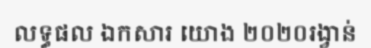
លទ្ធផល ឯកសារ យោង ២០២០រង្វាន់